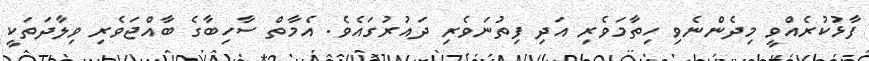
ފާޅުކުރެއްވީ މިދެންނެވި ހިތާމަވެރި އަދި ފިތުނަވެރި ދައުރުގައެވެ. އެމާތް ސާހިބާގެ ބާއްޖަވެރި ވިލާދަތަކީ